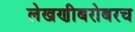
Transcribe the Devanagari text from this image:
लेखणीबरोबरच